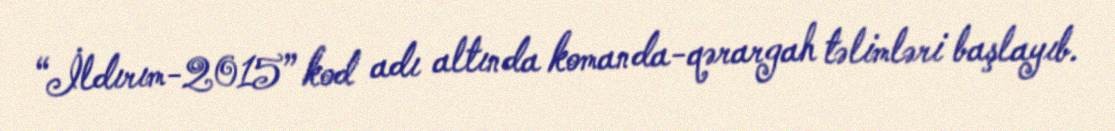
“İldırım-2015” kod adı altında komanda-qərargah təlimləri başlayıb.